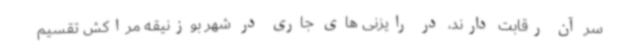
سر آن رقابت دارند، در رایزنی های جاری در شهر بوزنیقه مراکش تقسیم